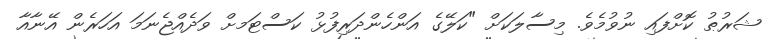
ޝަރުޠު ކޮށްފައި ނުވުމެވެ. މިސާލަކަށް "ކަލޭގެ އަންހެންދަރިފުޅު ކަސްޓަމށް ވަދެއްޖެނަމަ އަހަރެން އޭނާއާ